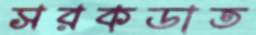
সরকডাত